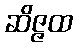
ဆိဇ္ဇထ